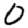
Digit: 0